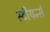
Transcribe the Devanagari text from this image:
स्टीयर्न्स